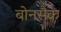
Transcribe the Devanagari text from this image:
बोनसैक